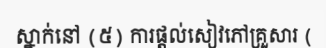
ស្នាក់នៅ (៥) ការផ្តល់សៀវភៅគ្រួសារ (